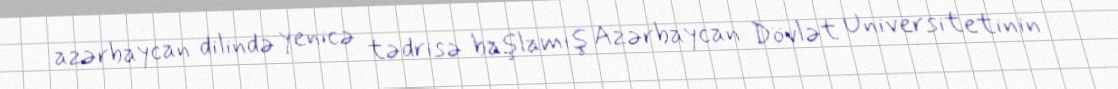
azərbaycan dilində yenicə tədrisə başlamış Azərbaycan Dövlət Universitetinin